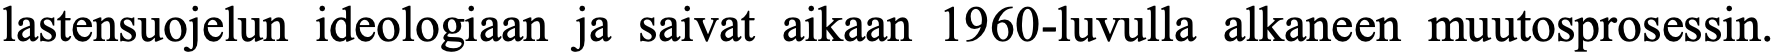
lastensuojelun ideologiaan ja saivat aikaan 1960-luvulla alkaneen muutosprosessin.